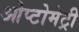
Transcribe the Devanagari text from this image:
ओप्टोमेट्री